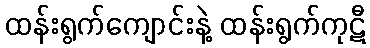
ထန်းရွက်ကျောင်းနဲ့ ထန်းရွက်ကုဋီ